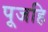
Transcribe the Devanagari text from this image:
पूजहि